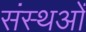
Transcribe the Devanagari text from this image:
संस्थओं